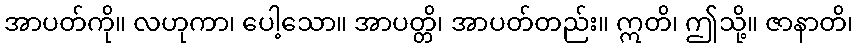
အာပတ်ကို။ လဟုကာ၊ ပေါ့သော။ အာပတ္တိ၊ အာပတ်တည်း။ ဣတိ၊ ဤသို့။ ဇာနာတိ၊